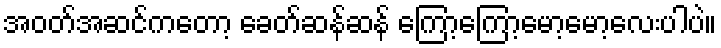
အဝတ်အဆင်ကတော့ ခေတ်ဆန်ဆန် ကြော့ကြော့မော့မော့လေးပါပဲ။